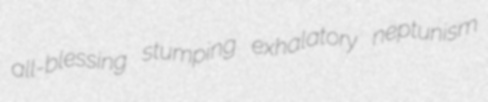
all-blessing stumping exhalatory neptunism